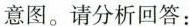
意图。请分析回答：